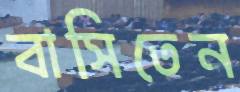
বাসিতেন